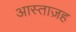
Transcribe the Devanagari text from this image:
आस्ताज़ह